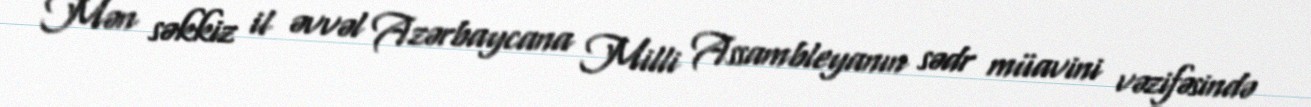
Mən səkkiz il əvvəl Azərbaycana Milli Assambleyanın sədr müavini vəzifəsində